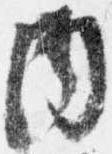
内